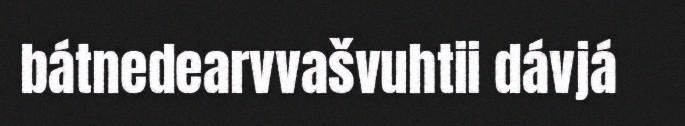
bátnedearvvašvuhtii dávjá